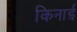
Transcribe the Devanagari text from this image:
किनाई